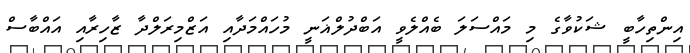
އިންތިހާބީ ޝަކުވާގެ މި މައްސަލަ ބެއްލެވީ އަބްދުލްޣަނީ މުހައްމަދާއި އަޒްމިރަލްދާ ޒާހިރާއި އައްބާސް